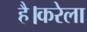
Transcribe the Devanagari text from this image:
है।करेला